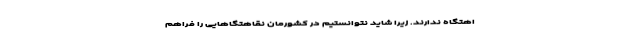
اهتگاه ندارند. زیرا شاید نتوانستیم در کشورمان نقاهتگاهایی را فراهم